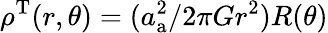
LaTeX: \rho^{\mathrm{T}}(r,\theta)=({{a_{\mathrm{a}}^{2}}/{2\pi Gr^{2}}})R(\theta)